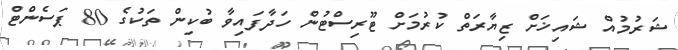
ޝަރުމުއް ޝައިޚަށް ޒިޔާރަތް ކުރުމަށް ޓޫރިސްޓުން ހަދާފައިވާ ބުކިން ތަކުގެ 80 ޕަސެންޓް